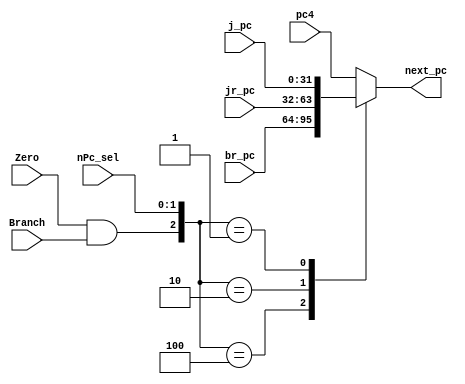
`timescale 1ns / 1ps

module PCMux(nPc_sel, Zero, Branch, pc4, br_pc, jr_pc, j_pc, next_pc);
	
	input [1:0] nPc_sel;
	input Branch;
	input Zero;
	input [31:0] pc4, br_pc, jr_pc, j_pc;
	
	output reg [31:0] next_pc;
	
	wire [2:0] pcsel;
	assign pcsel = {Zero&Branch, nPc_sel};
	
	always @(*) begin
		case (pcsel)
			3'b000: next_pc = pc4;
			3'b100: next_pc = br_pc;
			3'b010: next_pc = jr_pc;
			3'b001: next_pc = j_pc;
			default: next_pc = pc4;
		endcase
	end

endmodule


module ALUsrc_AMux(ALUsrc_A, RD1, RD2, A);
	
	input ALUsrc_A;
	input [31:0] RD1, RD2;
	
	output [31:0] A;
	
	assign A = ALUsrc_A ? RD2 : RD1;

endmodule


module ALUsrc_BMux(ALUsrc_B, RD2, Imm32_lbit, B);
	
	input ALUsrc_B;
	input [31:0] RD2, Imm32_lbit;
	
	output [31:0] B;
	
	assign B = ALUsrc_B ? Imm32_lbit : RD2;
		
endmodule


module AO_Mux(AO_Sel, AO_tmp, Imm32_hbit_E, RD1_E, HIO, LOO, AO_E);
	
	input [2:0] AO_Sel;
	input [31:0] AO_tmp, Imm32_hbit_E, RD1_E, HIO, LOO;
	
	output reg [31:0] AO_E;
	
	always @(*) begin
		case (AO_Sel)
			3'b000: AO_E = AO_tmp;
			3'b001: AO_E = Imm32_hbit_E;
			3'b010: AO_E = RD1_E;
			3'b011: AO_E = HIO;
			3'b100: AO_E = LOO;
			default: AO_E = AO_tmp;
		endcase
	end

endmodule


module WrRegAddrMux(RegDst, rt, rd, A3);
	
	input [1:0] RegDst;
	input [4:0] rt, rd;
	
	output reg [4:0] A3;
	
	always @(*) begin
		case (RegDst)
			2'b00 : A3 = rt;
			2'b01 : A3 = rd;
			2'b10 : A3 = 5'b11111;
			default : A3 = rt;
		endcase
	end
	
endmodule


module WrRegDataMux(MemtoReg, AO, RD, pc8, WD);
	
	input [1:0] MemtoReg;
	input [31:0] AO, RD, pc8;
	
	output reg [31:0] WD;
	
	always @(*) begin
		case (MemtoReg)
			2'b00: WD = AO;
			2'b01: WD = RD;
			2'b10: WD = pc8;
			default: WD = 32'h0000_0000;
		endcase
	end
	
endmodule

module RegWrMux(RegWr_tmp, Zero, RegWr_sel, RegWr);
	
	input RegWr_tmp, Zero;
	input RegWr_sel;
	output RegWr;
	
	assign RegWr = RegWr_sel ? Zero : RegWr_tmp;
	
endmodule